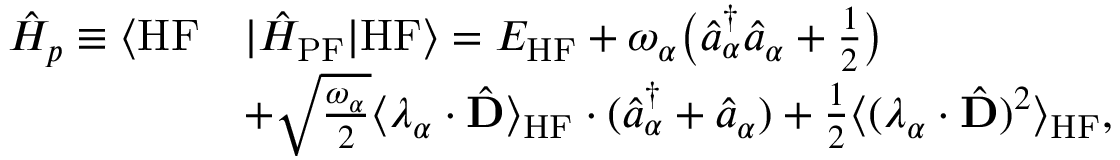
\begin{array} { r l } { \hat { H } _ { p } \equiv \langle \mathrm { H F } } & { | \hat { H } _ { \mathrm { P F } } | \mathrm { H F } \rangle = E _ { \mathrm { H F } } + \omega _ { \alpha } \big ( \hat { a } _ { \alpha } ^ { \dag } \hat { a } _ { \alpha } + \frac { 1 } { 2 } \big ) } \\ & { + \sqrt { \frac { \omega _ { \alpha } } { 2 } } \langle \boldsymbol { \lambda } _ { \alpha } \cdot \hat { \mathbf { D } } \rangle _ { \mathrm { H F } } \cdot ( \hat { a } _ { \alpha } ^ { \dag } + \hat { a } _ { \alpha } ) + \frac { 1 } { 2 } \langle ( \boldsymbol { \lambda } _ { \alpha } \cdot \hat { \mathbf { D } } ) ^ { 2 } \rangle _ { \mathrm { H F } } , } \end{array}